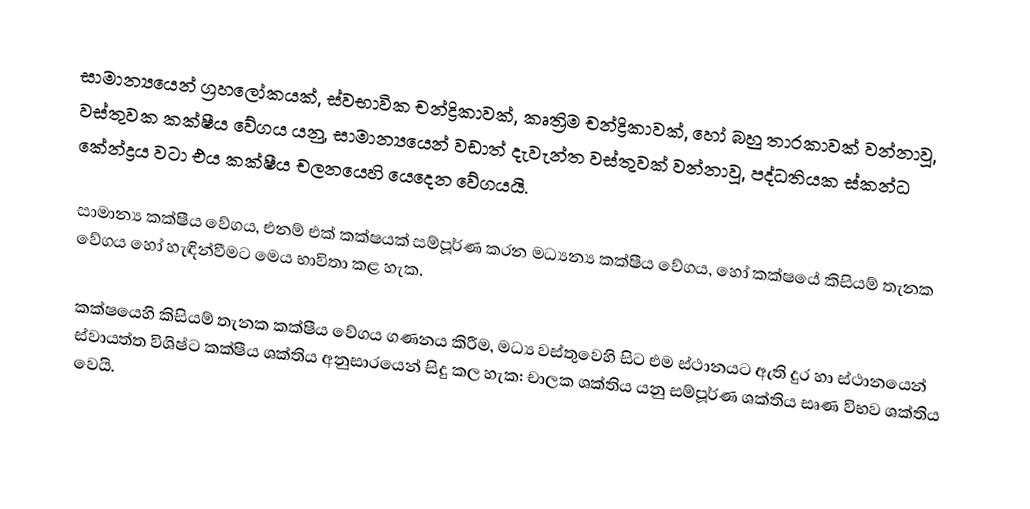
සාමාන්‍යයෙන් ග්‍රහලෝකයක්, ස්වභාවික චන්ද්‍රිකාවක්, කෘත්‍රිම චන්ද්‍රිකාවක්, හෝ බහු තාරකාවක් වන්නාවූ, වස්තුවක  කක්ෂීය වේගය යනු, සාමාන්‍යයෙන් වඩාත් දැවැන්ත වස්තුවක් වන්නාවූ,  පද්ධතියක  ස්කන්ධ කේන්ද්‍රය වටා එය කක්ෂීය චලනයෙහි යෙදෙන වේගයයි.

සාමාන්‍ය කක්ෂීය වේගය, එනම් එක් කක්ෂයක් සම්පූර්ණ කරන මධ්‍යන්‍ය කක්ෂීය වේගය, හෝ කක්ෂයේ කිසියම් තැනක වේගය හෝ හැඳින්වීමට මෙය භාවිතා කළ හැක.

කක්ෂයෙහි කිසියම් තැනක කක්ෂීය වේගය ගණනය කිරීම, මධ්‍ය වස්තුවෙහි සිට එම ස්ථානයට ඇති දුර හා ස්ථානයෙන් ස්වායත්ත විශිෂ්ට කක්ෂීය ශක්තිය අනුසාරයෙන් සිදු කල හැක: චාලක ශක්තිය යනු සම්පූර්ණ ශක්තිය සෘණ විභව ශක්තිය වෙයි.